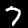
Label: 7